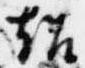
超